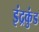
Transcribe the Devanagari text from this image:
इंद्रकुंड